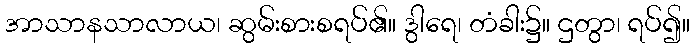
အာသာနသာလာယ၊ ဆွမ်းစားစရပ်၏။ ဒွါရေ၊ တံခါး၌။ ဌတွာ၊ ရပ်၍။